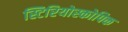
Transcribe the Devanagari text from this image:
स्टिरियोस्कोपिक